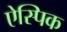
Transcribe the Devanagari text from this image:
ऐस्पिक